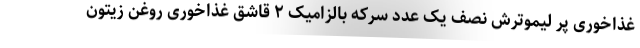
غذاخوری پر لیموترش نصف یک عدد سرکه بالزامیک ۲ قاشق غذاخوری روغن زیتون